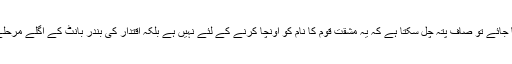
اگر اس تناظر میں چوہدری نثار علی خان کے بیان کو دیکھا جائے تو صاف پتہ چل سکتا ہے کہ یہ مشقت قوم کا نام کو اونچا کرنے کے لئے نہیں ہے بلکہ اقتدار کی بندر بانٹ کے اگلے مرحلے میں خود کو حقدار تسلیم کروانے کے لئے کی جارہی ہے۔